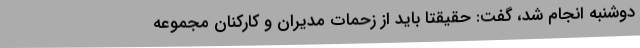
دوشنبه انجام شد، گفت: حقیقتا باید از زحمات مدیران و کارکنان مجموعه